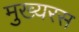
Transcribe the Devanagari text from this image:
मुख्यरस